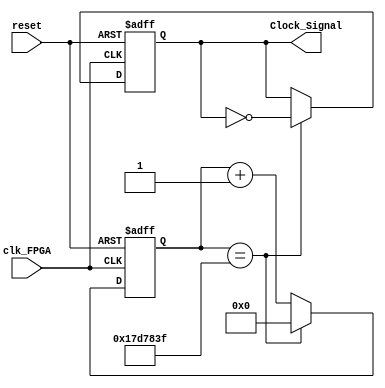
/**************************************************************************************
*	Description
*		This is a clock divider
*		1.0
*	Author:
*		Ing. Flix Godoy Martnez
*	Date:
*		10/07/20
***************************************************************************************/

module Clock_Divider
#(
	// Parameter Declarations
	parameter FRECUENCY = 1,
	parameter REFERENCE_CLOCK = 50000000
)
(
	// Input Ports
	input clk_FPGA,
	input reset,
	
	// Output Ports
	output Clock_Signal

);

localparam NBITS = CeilLog2(REFERENCE_CLOCK/FRECUENCY);

localparam divisor = (REFERENCE_CLOCK/(2*FRECUENCY));

reg Clock_Signal_Reg = 0;

reg [NBITS-1 : 0] counter_reg;


/*********************************************************************************************/


always@(posedge clk_FPGA or negedge reset) begin
	
	if (reset == 1'b0)
	begin
		counter_reg <= {NBITS{1'b0}};
		Clock_Signal_Reg <= 0;
	end 
	
	else 
	begin
	
		if(counter_reg == divisor-1)
		begin
			Clock_Signal_Reg <= !Clock_Signal_Reg;
			counter_reg <= {NBITS{1'b0}};
		end 
		
		else
			counter_reg <= counter_reg + 1'b1;
	end
end

assign Clock_Signal = Clock_Signal_Reg;


/*********************************************************************************************/
/*********************************************************************************************/
   
 /*Log Function*/
     function integer CeilLog2;
       input integer data;
       integer i,result;
       begin
          for(i=0; 2**i < data; i=i+1)
             result = i + 1;
          CeilLog2 = result;
       end
    endfunction

endmodule